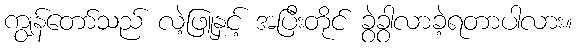
ကျွန်တော်သည် လဲ့ဖြူနှင့် အပြီးတိုင် ခွဲခွာလာခဲ့ရတာပါလား။